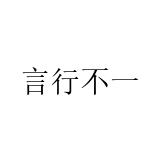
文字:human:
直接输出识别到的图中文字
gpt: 言行不一